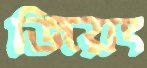
জিয়ং